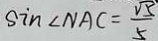
\sin \angle N A C = \frac { \sqrt { 5 } } { 5 }